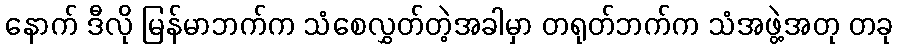
နောက် ဒီလို မြန်မာဘက်က သံစေလွှတ်တဲ့အခါမှာ တရုတ်ဘက်က သံအဖွဲ့အတု တခု